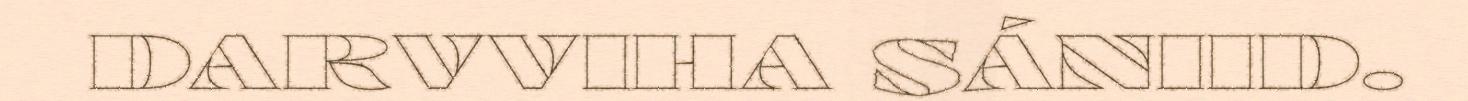
DARVVIHA SÁNIID.